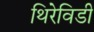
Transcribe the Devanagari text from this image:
थिरेविडी